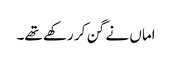
اماں نے گن کر رکھے تھے۔